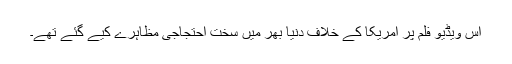
اس ویڈیو فلم پر امریکا کے خلاف دنیا بھر میں سخت احتجاجی مظاہرے کیے گئے تھے۔